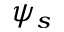
\psi _ { s }